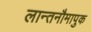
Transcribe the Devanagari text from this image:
लान्तनौमापुक